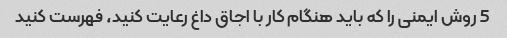
5 روش ایمنی را که باید هنگام کار با اجاق داغ رعایت کنید، فهرست کنید